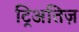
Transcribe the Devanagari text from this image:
ट्रिअतिज़